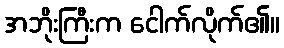
အဘိုးကြီးက ငေါက်လိုက်၏။